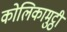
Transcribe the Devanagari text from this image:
कोलिकामुट्ठी